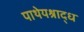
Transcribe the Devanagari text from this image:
पाथेयश्राद्ध